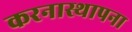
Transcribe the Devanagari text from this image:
करनास्थापना